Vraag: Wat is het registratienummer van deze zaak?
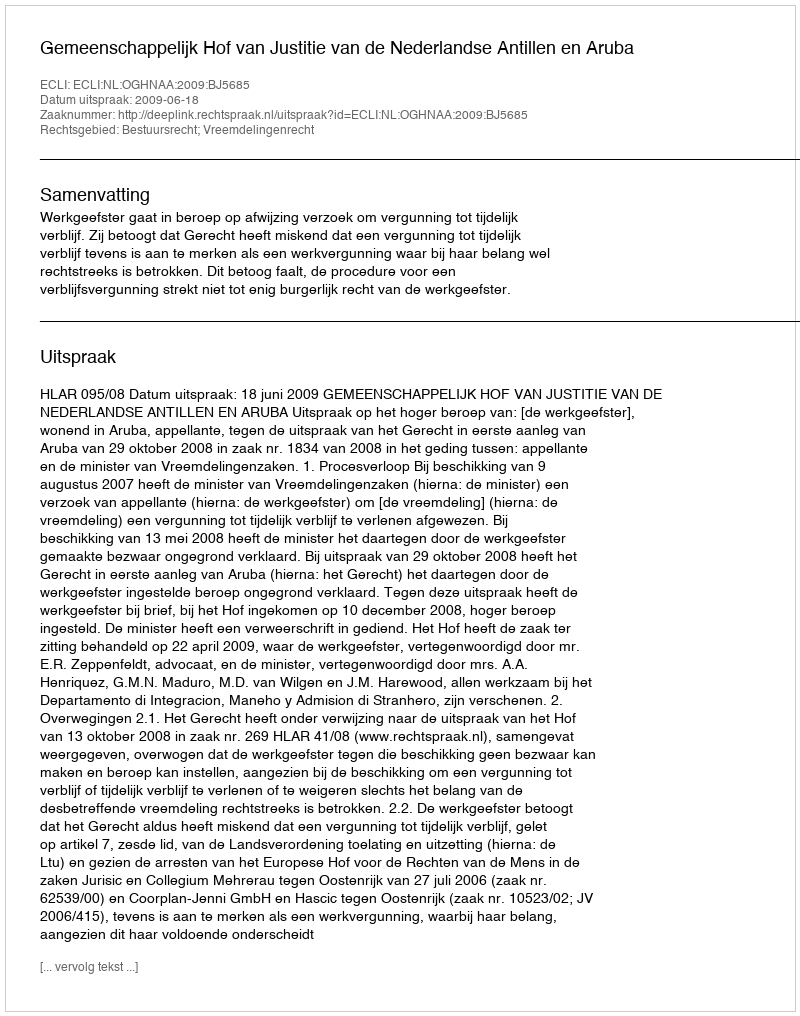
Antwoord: http://deeplink.rechtspraak.nl/uitspraak?id=ECLI:NL:OGHNAA:2009:BJ5685